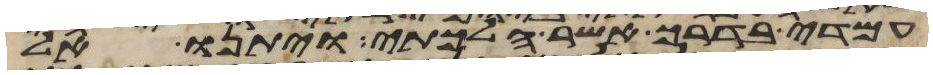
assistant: עמדי בדרך אשר הלכתי ויתנו אל